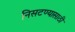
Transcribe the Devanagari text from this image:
निसटण्यासाठी